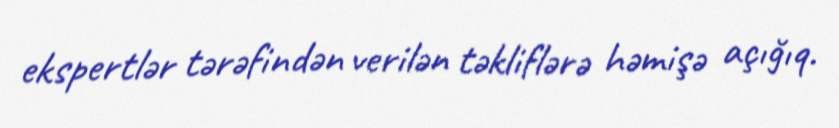
ekspertlər tərəfindən verilən təkliflərə həmişə açığıq.